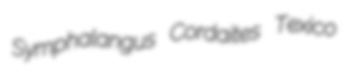
Symphalangus Cordaites Texico